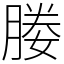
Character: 媵